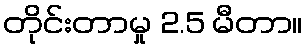
တိုင်းတာမှု 2.5 မီတာ။